Madras plague regulations and rules - Volume 2
Disease focus: Plague
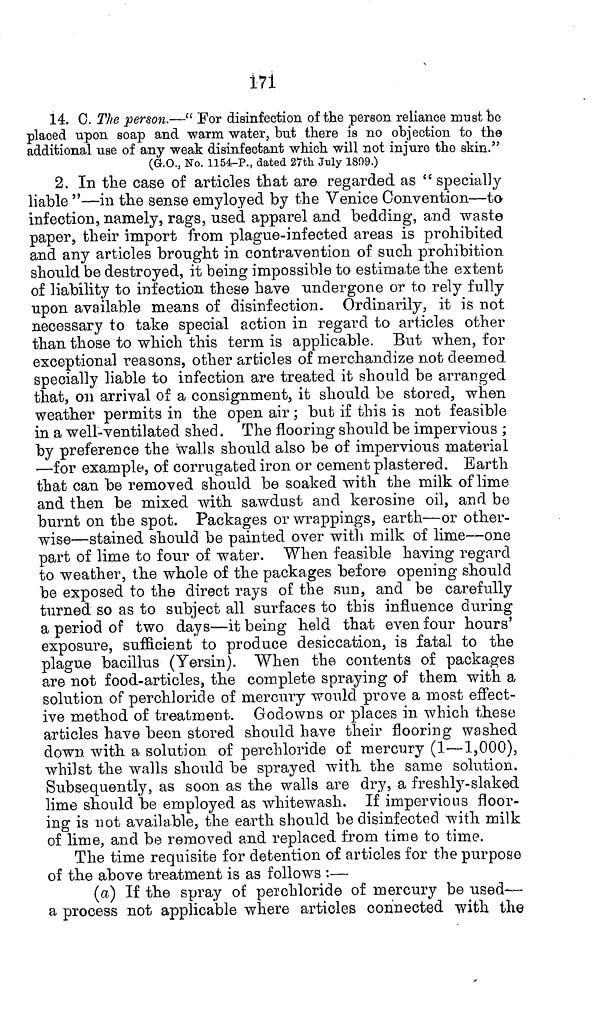
171
14. C. The person.—" For disinfection of the person reliance must be
placed upon soap and warm water, but there is no objection to the
additional use of any weak disinfectant which will not injure the skin."
(G.O., No. 1154-P., dated 27th July 1809.)
2. In the case of articles that are regarded as " specially
liable "—in the sense emyloyed by the Venice Convention—to
infection, namely, rags, used apparel and bedding, and waste
paper, their import from plague-infected areas is prohibited
and any articles brought in contravention of such prohibition
should be destroyed, it being impossible to estimate the extent
of liability to infection these have undergone or to rely fully
upon available means of disinfection. Ordinarily, it is not
necessary to take special action in regard to articles other
than those to which this term is applicable. But when, for
exceptional reasons, other articles of merchandize not deemed
specially liable to infection are treated it should be arranged
that, on arrival of a consignment, it should be stored, when
weather permits in the open air; but if this is not feasible
in a well-ventilated shed. The flooring should be impervious ;
by preference the walls should also be of impervious material
—for example, of corrugated iron or cement plastered. Earth
that can be removed should be soaked with the milk of lime
and then be mixed with sawdust and kerosine oil, and be
burnt on the spot. Packages or wrappings, earth—or other-
wise—stained should be painted over with milk of lime—one
part of lime to four of water. When feasible having regard
to weather, the whole of the packages before opening should
be exposed to the direct rays of the sun, and be carefully
turned so as to subject all surfaces to this influence during
a period of two days—it being held that even four hours'
exposure, sufficient to produce desiccation, is fatal to the
plague bacillus (Yersin). When the contents of packages
are not food-articles, the complete spraying of them with a
solution of perchloride of mercury would prove a most effect-
ive method of treatment. Godowns or places in which these
articles have been stored should have their flooring washed
down, with a solution of perchloride of mercury (1—1,000),
whilst the walls should be sprayed with the same solution.
Subsequently, as soon as the walls are dry, a freshly-slaked
lime should be employed as whitewash. If impervious floor-
ing is not available, the earth should be disinfected with milk
of lime, and be removed and replaced from time to time.
The time requisite for detention of articles for the purpose
of the above treatment is as follows :—
(a) If the spray of peichloride of mercury be used—
a process not applicable where articles connected with the